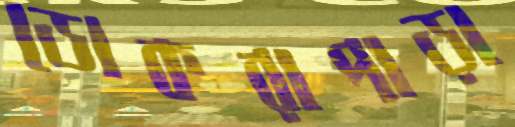
ডোকরাপাড়া